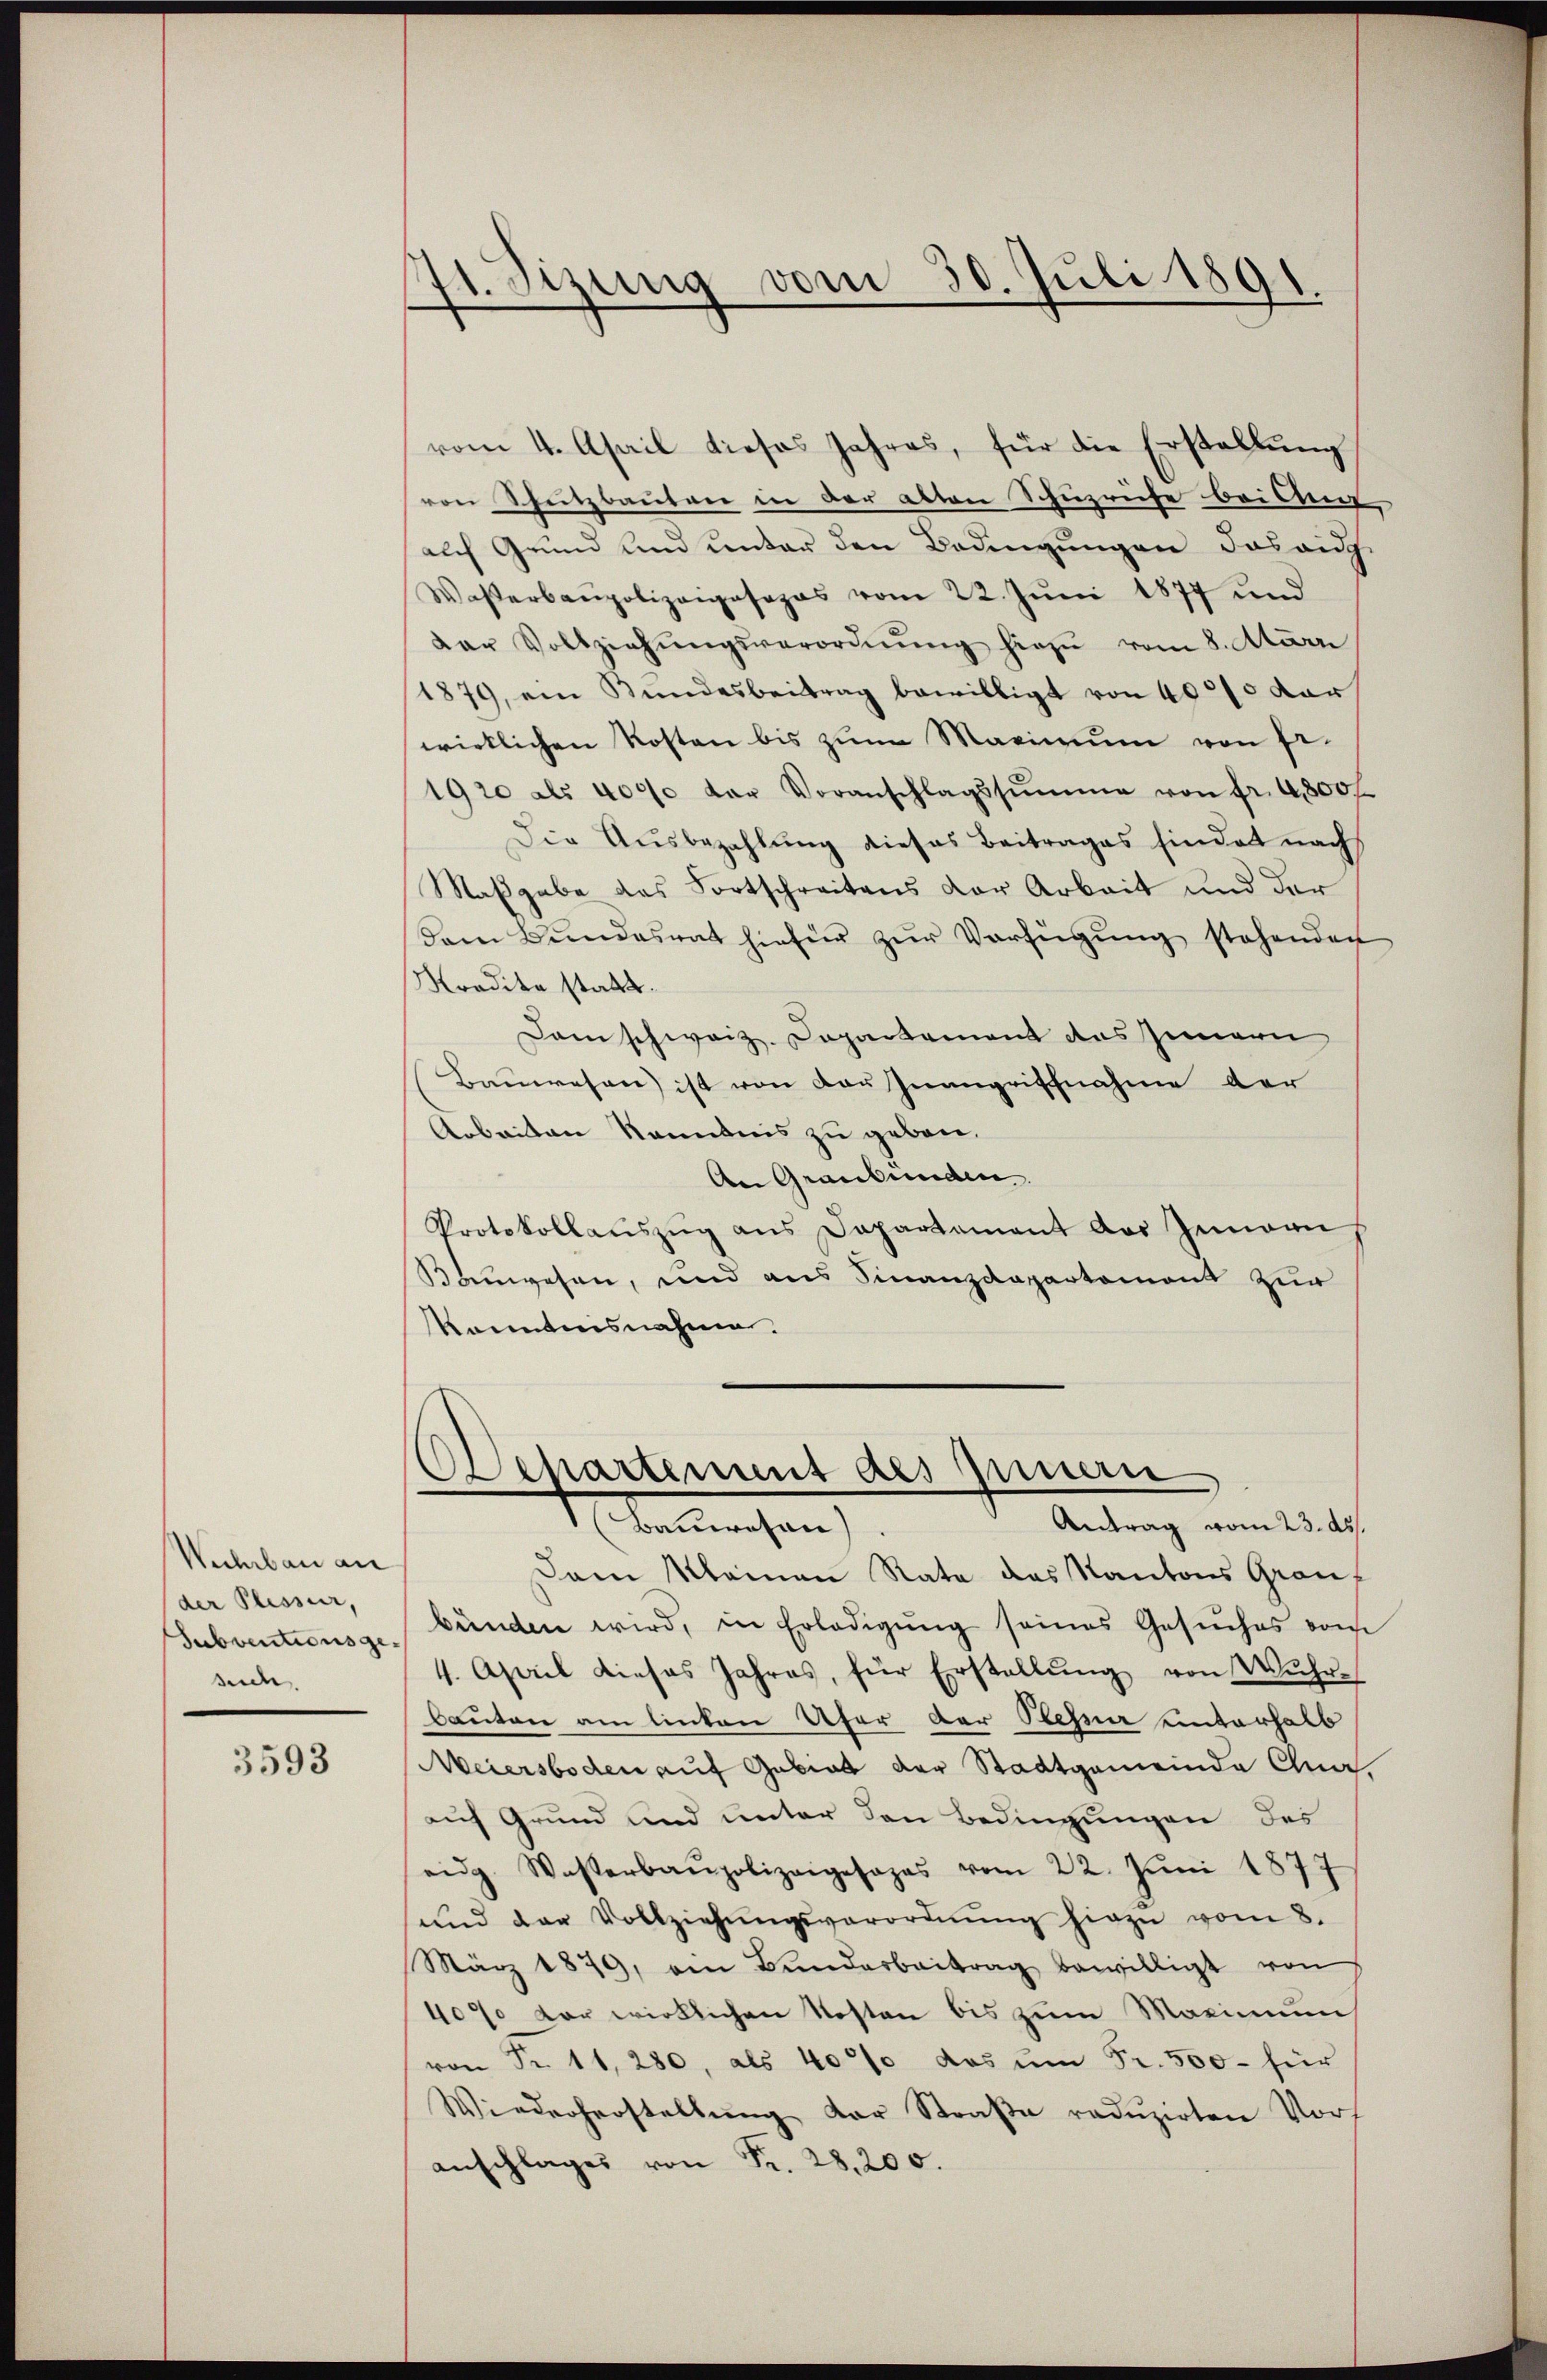
Wehrbau an
der Plesser,
Subventionsgesuch

3593

71. Sizung vom 30. Juli 1891.

vom 4. April dieses Jahres, für die Erstellŭng
von Schutzbauten in der alten Schüzruhe bei An
alch Grund und unter den Bedingungen das auch
Wasserbaupolizeiposapas vom 22. Jŭni 1877 und
dar Vollziehŭngsverordnŭng hiezu vom 8. Mär
1879, ein Kundesbeitrag bewilligt von 4000 dar
wirklichen Kosten bis zŭm Maximum von Er-
1920 als 4000 der Voranschlagssŭmme von fr. 4800 f
Die Ausbezahlung dieses Beitrages sindet nach
Maßgabe des Fortschreitens der Arbeit und der
dem Bŭndesrat hiefür zŭr Verfügŭng stehenden
Kradita statt.
Dam schweiz. Departement des Innern
Bauwesen ist von der Inangrifchnahme der
Arbeiten Kenntnis zu geben.
An Graubünden.
Protokollaŭszŭg ans Departement der Gemeins
Bauwesen, und aus Finanzdepartemont zur
Kenntnisnahme.
Caspartement des Innern
1 Anwesen
Antrag vom 23. ds.
Dem Kleinen Rata das Kantons Graubünden wird, in Erledigŭng seines Gesŭches vom
4. April dieses Jahres, für Erstellŭng von Wŭhr-
Bauten am linten Ufer der Sehner unterhalb
Meiersboden auf Gebiet der Stadtgemeinde Gnaauf Grund und unter den Bedingungen des
eidg. Wasserbaupolizeigesages vom 22. Jŭni 1877
ŭnd der Vollziehŭngsverordnŭng hirzŭ vom 8.
März 1879, am Bunderbeitrag bewilligt von
409 vor wirklichen Kosten bis zum Maximum
von Fr. 11, 280, als 4000 das um Fr. 500 für
Wiederherstellŭng der Straβe redŭzirten Vors
anschlages von Fr. 28,200.